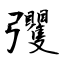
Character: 彏